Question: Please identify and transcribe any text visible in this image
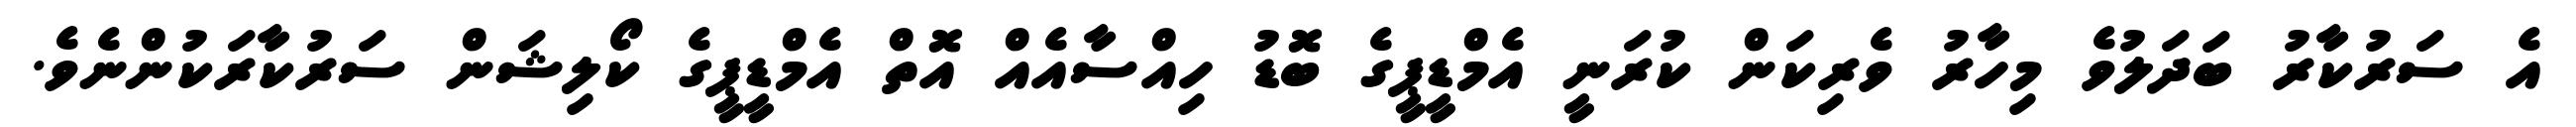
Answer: އެ ސަރުކާރު ބަދަލުވެ މިހާރު ވެރިކަން ކުރަނީ އެމްޑީޕީގެ ބޮޑު ހިއްސާއެއް އޮތް އެމްޑީޕީގެ ކޯލިޝަން ސަރުކާރަކުންނެވެ.